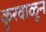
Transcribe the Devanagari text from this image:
कुरवाळून